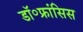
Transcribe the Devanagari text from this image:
डॉ॰फ्रांसिस